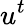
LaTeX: u^{t}